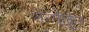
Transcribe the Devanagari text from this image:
तेन्ग्रीक़ुत